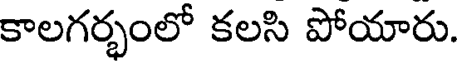
కాలగర్భంలో కలసి పోయారు.